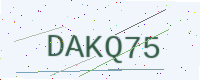
Text: DAKQ75